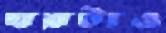
ঘরটাও